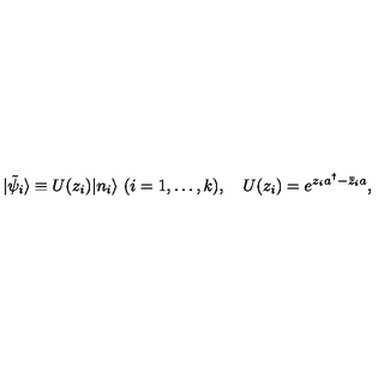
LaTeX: | \tilde { \psi } _ { i } \rangle \equiv U ( z _ { i } ) | n _ { i } \rangle \ ( i = 1 , \dots , k ) , \quad U ( z _ { i } ) = e ^ { z _ { i } a ^ { \dagger } - \bar { z } _ { i } a } ,